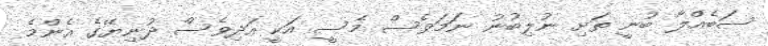
ސަބެއްލާ ބުނީ ތަށި ނުލިބުނު ނަމަވެސް މެސީ އަކީ އަދިވެސް ދުނިޔޭގެ އެންމެ